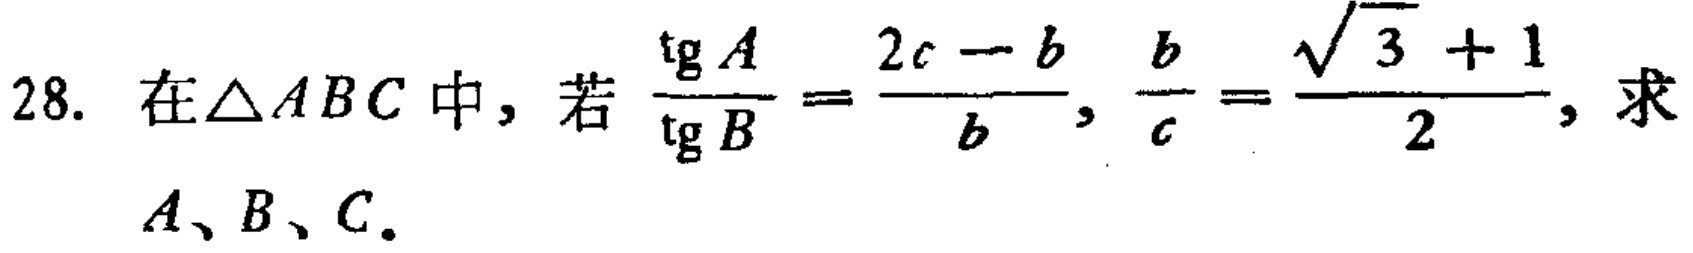
在$\triangle ABC$中，若$\frac{\text{tg}A}{\text{tg}B}=\frac{2c - b}{b}$，$\frac{b}{c}=\frac{\sqrt{3} + 1}{2}$，求$A、B、C$。